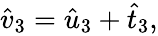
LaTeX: \begin{array}{r}{\hat{v}_{3}=\hat{u}_{3}+\hat{t}_{3},}\end{array}